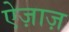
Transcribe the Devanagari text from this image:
ऐज़ाज़